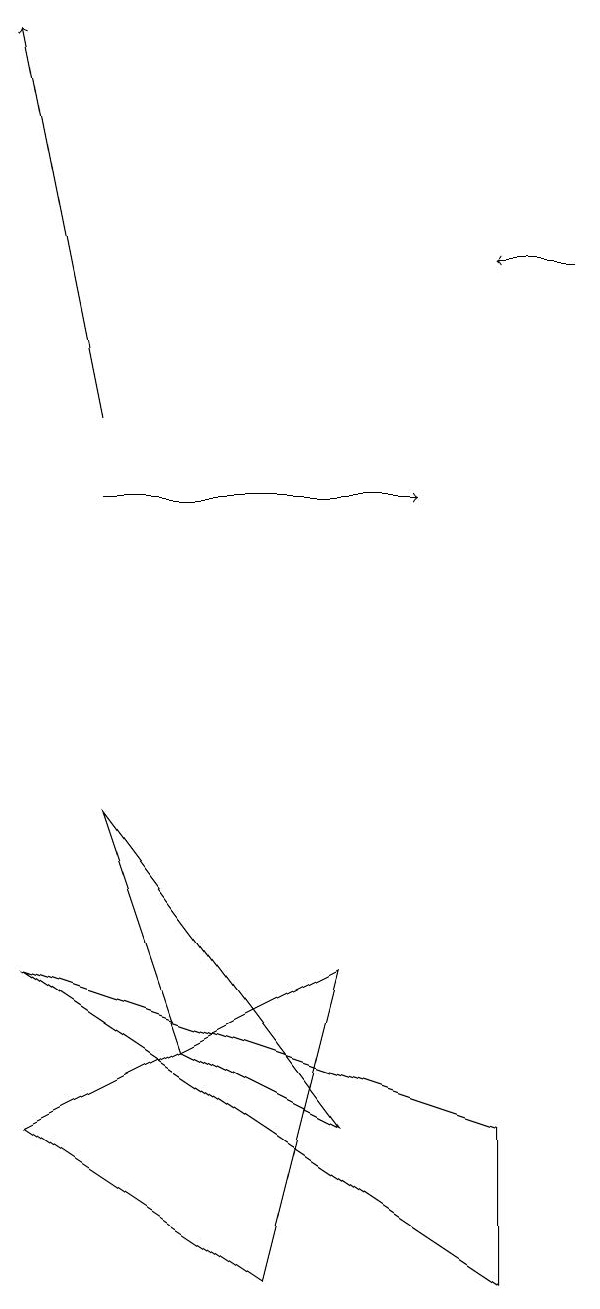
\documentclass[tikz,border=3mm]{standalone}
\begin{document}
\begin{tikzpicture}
\draw[->] (2,10) -- (6,10);
\draw[->] (2,11) -- (1,16);
\draw (5,4) -- (1,2) -- (4,0) -- cycle;
\draw[->] (8,13) -- (7,13);
\draw (1,4) -- (7,0) -- (7,2) -- cycle;
\draw (5,2) -- (3,3) -- (2,6) -- cycle;
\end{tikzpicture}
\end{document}